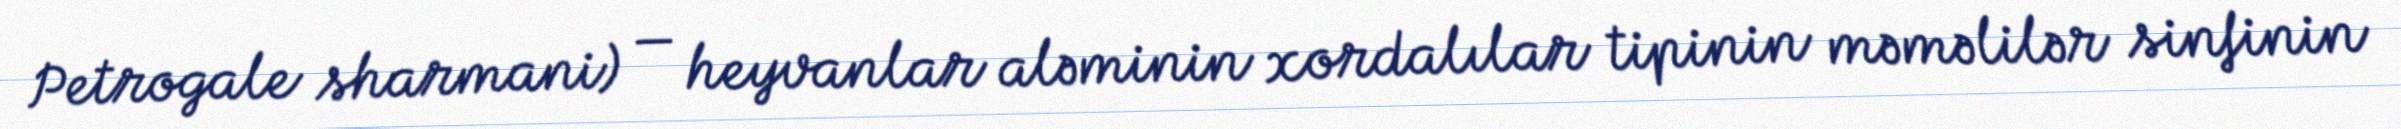
Petrogale sharmani) — heyvanlar aləminin xordalılar tipinin məməlilər sinfinin